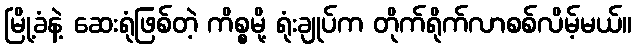
မြို့ခံနဲ့ ဆေးရုံဖြစ်တဲ့ ကိစ္စမို့ ရုံးချုပ်က တိုက်ရိုက်လာစစ်လိမ့်မယ်။